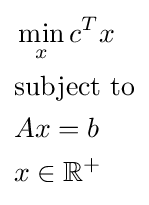
{\begin{aligned}&\min _{x}c^{T}x\\&{\text{subject to}}\\&Ax=b\\&x\in \mathbb {R} ^{+}\end{aligned}}